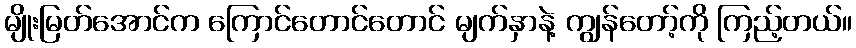
မျိုးမြတ်အောင်က ကြောင်တောင်တောင် မျက်နှာနဲ့ ကျွန်တော့်ကို ကြည့်တယ်။